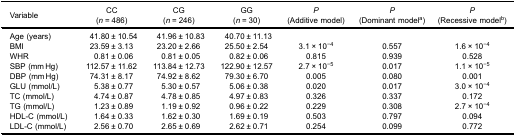
| Variable | CC(n = 486) | CG(n = 246) | GG(n = 30) | P(Additive model) | P(Dominant modela) | P(Recessive modelb) |
 | --- | --- | --- | --- | --- | --- | --- |
 | Age (years) | 41.80 ± 10.54 | 41.96 ± 10.83 | 40.70 ± 11.13 |  |  |  |
 | BMI | 23.59 ± 3.13 | 23.20 ± 2.66 | 25.50 ± 2.54 | 3.1 × 10−4 | 0.557 | 1.6 × 10−4 |
 | WHR | 0.81 ± 0.06 | 0.81 ± 0.05 | 0.82 ± 0.06 | 0.815 | 0.939 | 0.528 |
 | SBP (mm Hg) | 112.57 ± 11.62 | 113.84 ± 12.73 | 122.90 ± 12.57 | 2.7 × 10−5 | 0.017 | 1.1 × 10−5 |
 | DBP (mm Hg) | 74.31 ± 8.17 | 74.92 ± 8.62 | 79.30 ± 6.70 | 0.005 | 0.080 | 0.001 |
 | GLU (mmol/L) | 5.38 ± 0.77 | 5.30 ± 0.57 | 5.06 ± 0.38 | 0.020 | 0.017 | 3.0 × 10−4 |
 | TC (mmol/L) | 4.74 ± 0.87 | 4.78 ± 0.85 | 4.97 ± 0.83 | 0.326 | 0.337 | 0.172 |
 | TG (mmol/L) | 1.23 ± 0.89 | 1.19 ± 0.92 | 0.96 ± 0.22 | 0.229 | 0.308 | 2.7 × 10−4 |
 | HDL-C (mmol/L) | 1.64 ± 0.33 | 1.62 ± 0.30 | 1.69 ± 0.19 | 0.503 | 0.797 | 0.094 |
 | LDL-C (mmol/L) | 2.56 ± 0.70 | 2.65 ± 0.69 | 2.62 ± 0.71 | 0.254 | 0.099 | 0.772 |